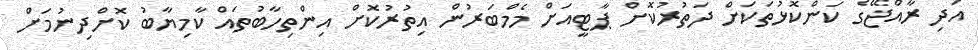
އަދި ރާއްޖޭގެ ކަންކޮޅުތަކަށް ދަތުރުކޮށް ޕާޓީއަށް މެމްބަރުން އިތުރުކޮށް އިންތިހާބުތައް ކާމިޔާބު ކޮށްދިނުމަށް